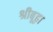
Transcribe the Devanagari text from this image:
श्रीबूढ़ा